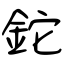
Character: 鉈